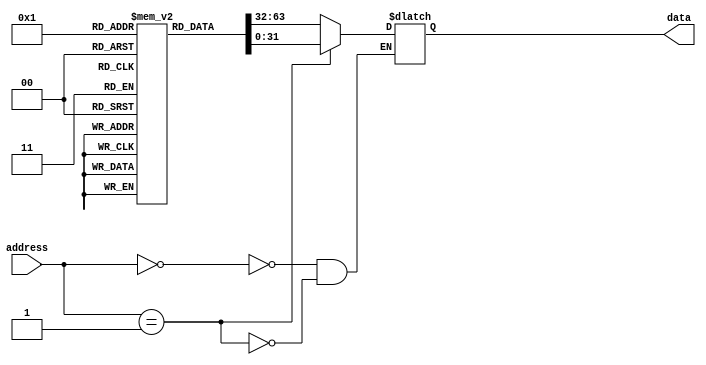
module AntiFuseROM (
    input wire [31:0] address,
    output reg [31:0] data
);

reg [31:0] memory [0:255]; // 256 blocks of memory, each with 32 bits of data

always @(*) begin
    case(address)
        8'h00: data <= memory[0]; // specify the data for each memory block
        8'h01: data <= memory[1];
        // add more cases for each block
    endcase
end

endmodule